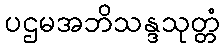
ပဌမအဘိသန္ဒသုတ္တံ